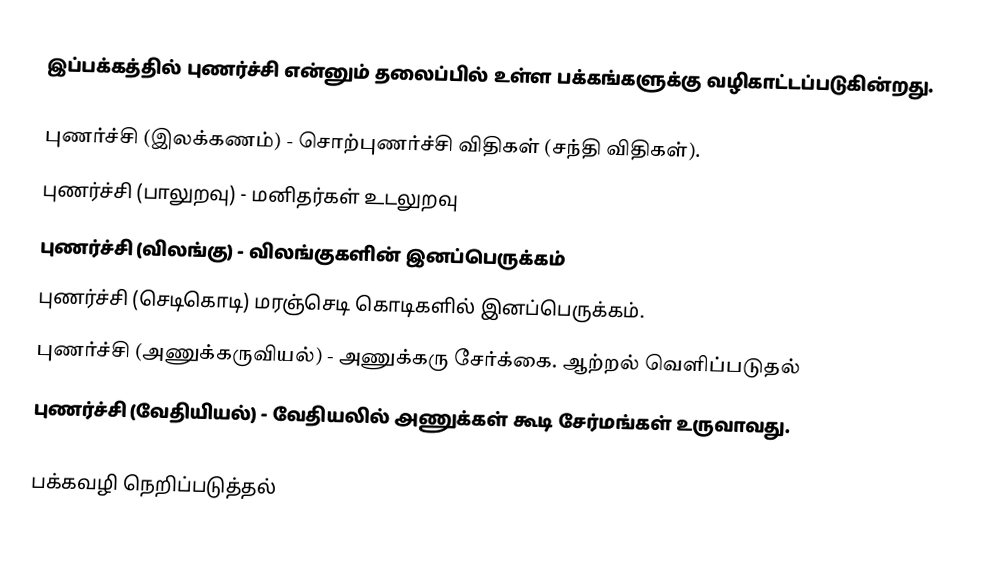
இப்பக்கத்தில் புணர்ச்சி என்னும் தலைப்பில் உள்ள பக்கங்களுக்கு வழிகாட்டப்படுகின்றது.

 புணர்ச்சி (இலக்கணம்) - சொற்புணர்ச்சி விதிகள் (சந்தி விதிகள்).
 புணர்ச்சி (பாலுறவு) - மனிதர்கள் உடலுறவு
 புணர்ச்சி (விலங்கு) - விலங்குகளின் இனப்பெருக்கம்
 புணர்ச்சி (செடிகொடி) மரஞ்செடி கொடிகளில் இனப்பெருக்கம்.
 புணர்ச்சி (அணுக்கருவியல்) - அணுக்கரு சேர்க்கை. ஆற்றல் வெளிப்படுதல்
 புணர்ச்சி (வேதியியல்) - வேதியலில் அணுக்கள் கூடி சேர்மங்கள் உருவாவது.

பக்கவழி நெறிப்படுத்தல்